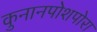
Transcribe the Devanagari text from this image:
कुनानपोशपोरा